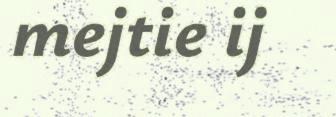
mejtie ij